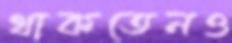
থাকতেনও